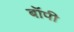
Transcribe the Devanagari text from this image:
बॉपी